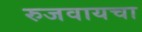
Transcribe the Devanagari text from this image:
रुजवायचा